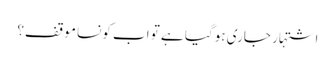
اشتہار جاری ہوگیا ہے تو اب کونسا موقف؟